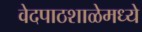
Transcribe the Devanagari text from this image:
वेदपाठशाळेमध्ये